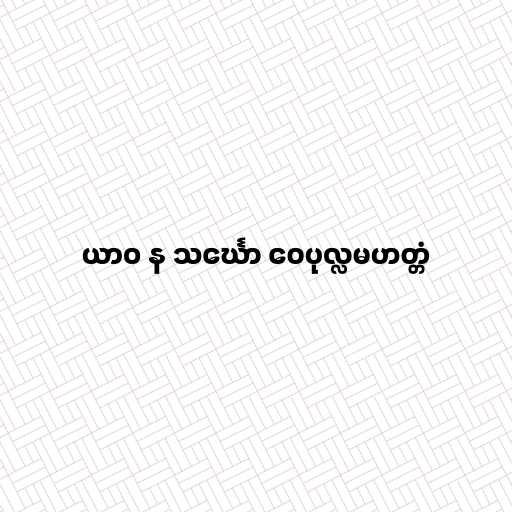
ယာဝ န သင်္ဃော ဝေပုလ္လမဟတ္တံ